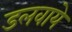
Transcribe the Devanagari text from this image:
डलवाये